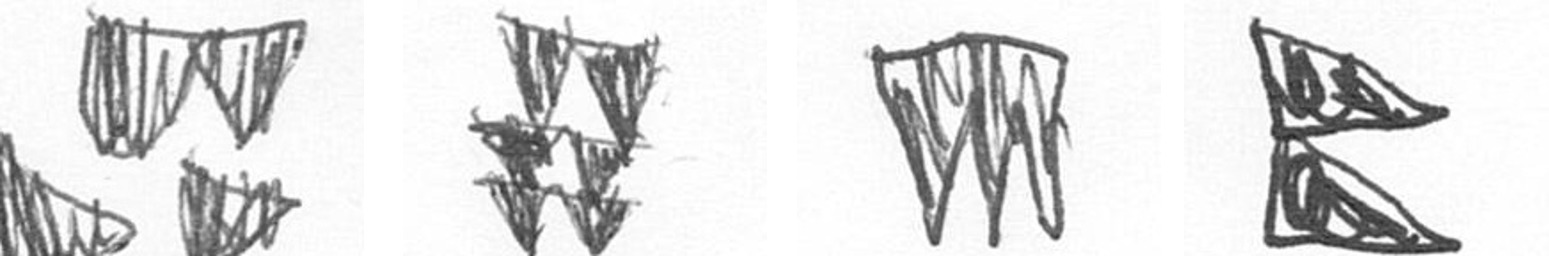
B Y L P